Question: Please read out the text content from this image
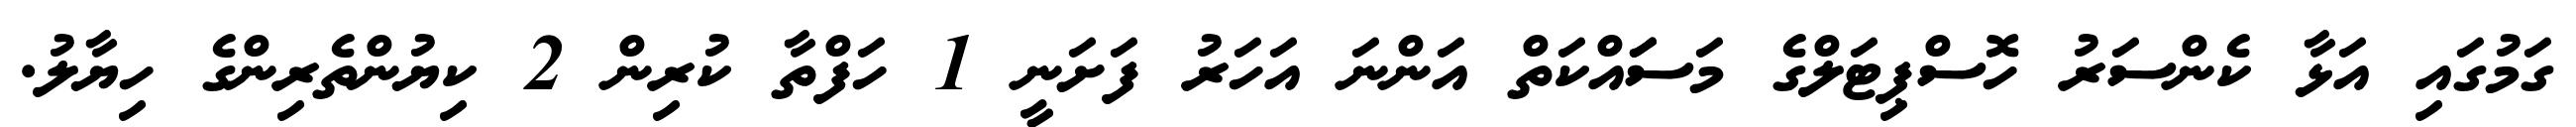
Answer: ގަމުގައި އަޅާ ކެންސަރު ހޮސްޕިޓަލްގެ މަސަައްކަތް އަންނަ އަހަރު ފަށަނީ 1 ހަފްތާ ކުރިން 2 ކިޔުންތެރިންގެ ހިޔާލު.